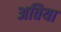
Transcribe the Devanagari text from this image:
अतिया